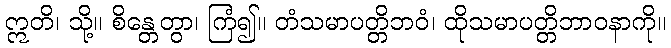
ဣတိ၊ သို့။ စိန္တေတွာ၊ ကြံ၍။ တံသမာပတ္တိဘဝံ၊ ထိုသမာပတ္တိဘာဝနာကို။